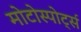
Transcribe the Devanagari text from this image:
मोटोस्पोर्ट्स